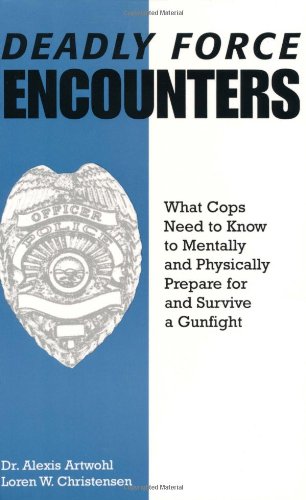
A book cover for Deadly Force Encounters: What Cops Need To Know To Mentally And Physically Prepare For And Survive A Gunfight; Alexis Artwohl; Medical Books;